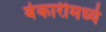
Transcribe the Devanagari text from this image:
बेकारीमध्ये